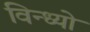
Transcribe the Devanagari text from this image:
विन्ध्यो